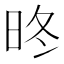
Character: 昸